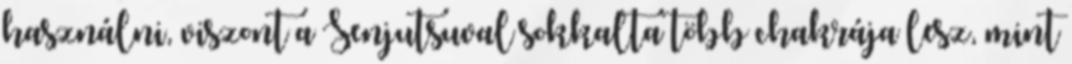
használni, viszont a Senjutsuval sokkalta több chakrája lesz, mint